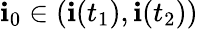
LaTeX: \mathbf{i}_{0}\in(\mathbf{i}(t_{1}),\mathbf{i}(t_{2}))